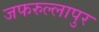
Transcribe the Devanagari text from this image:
जफरुल्लापुर